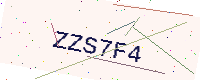
Text: ZZS7F4